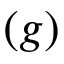
( g )